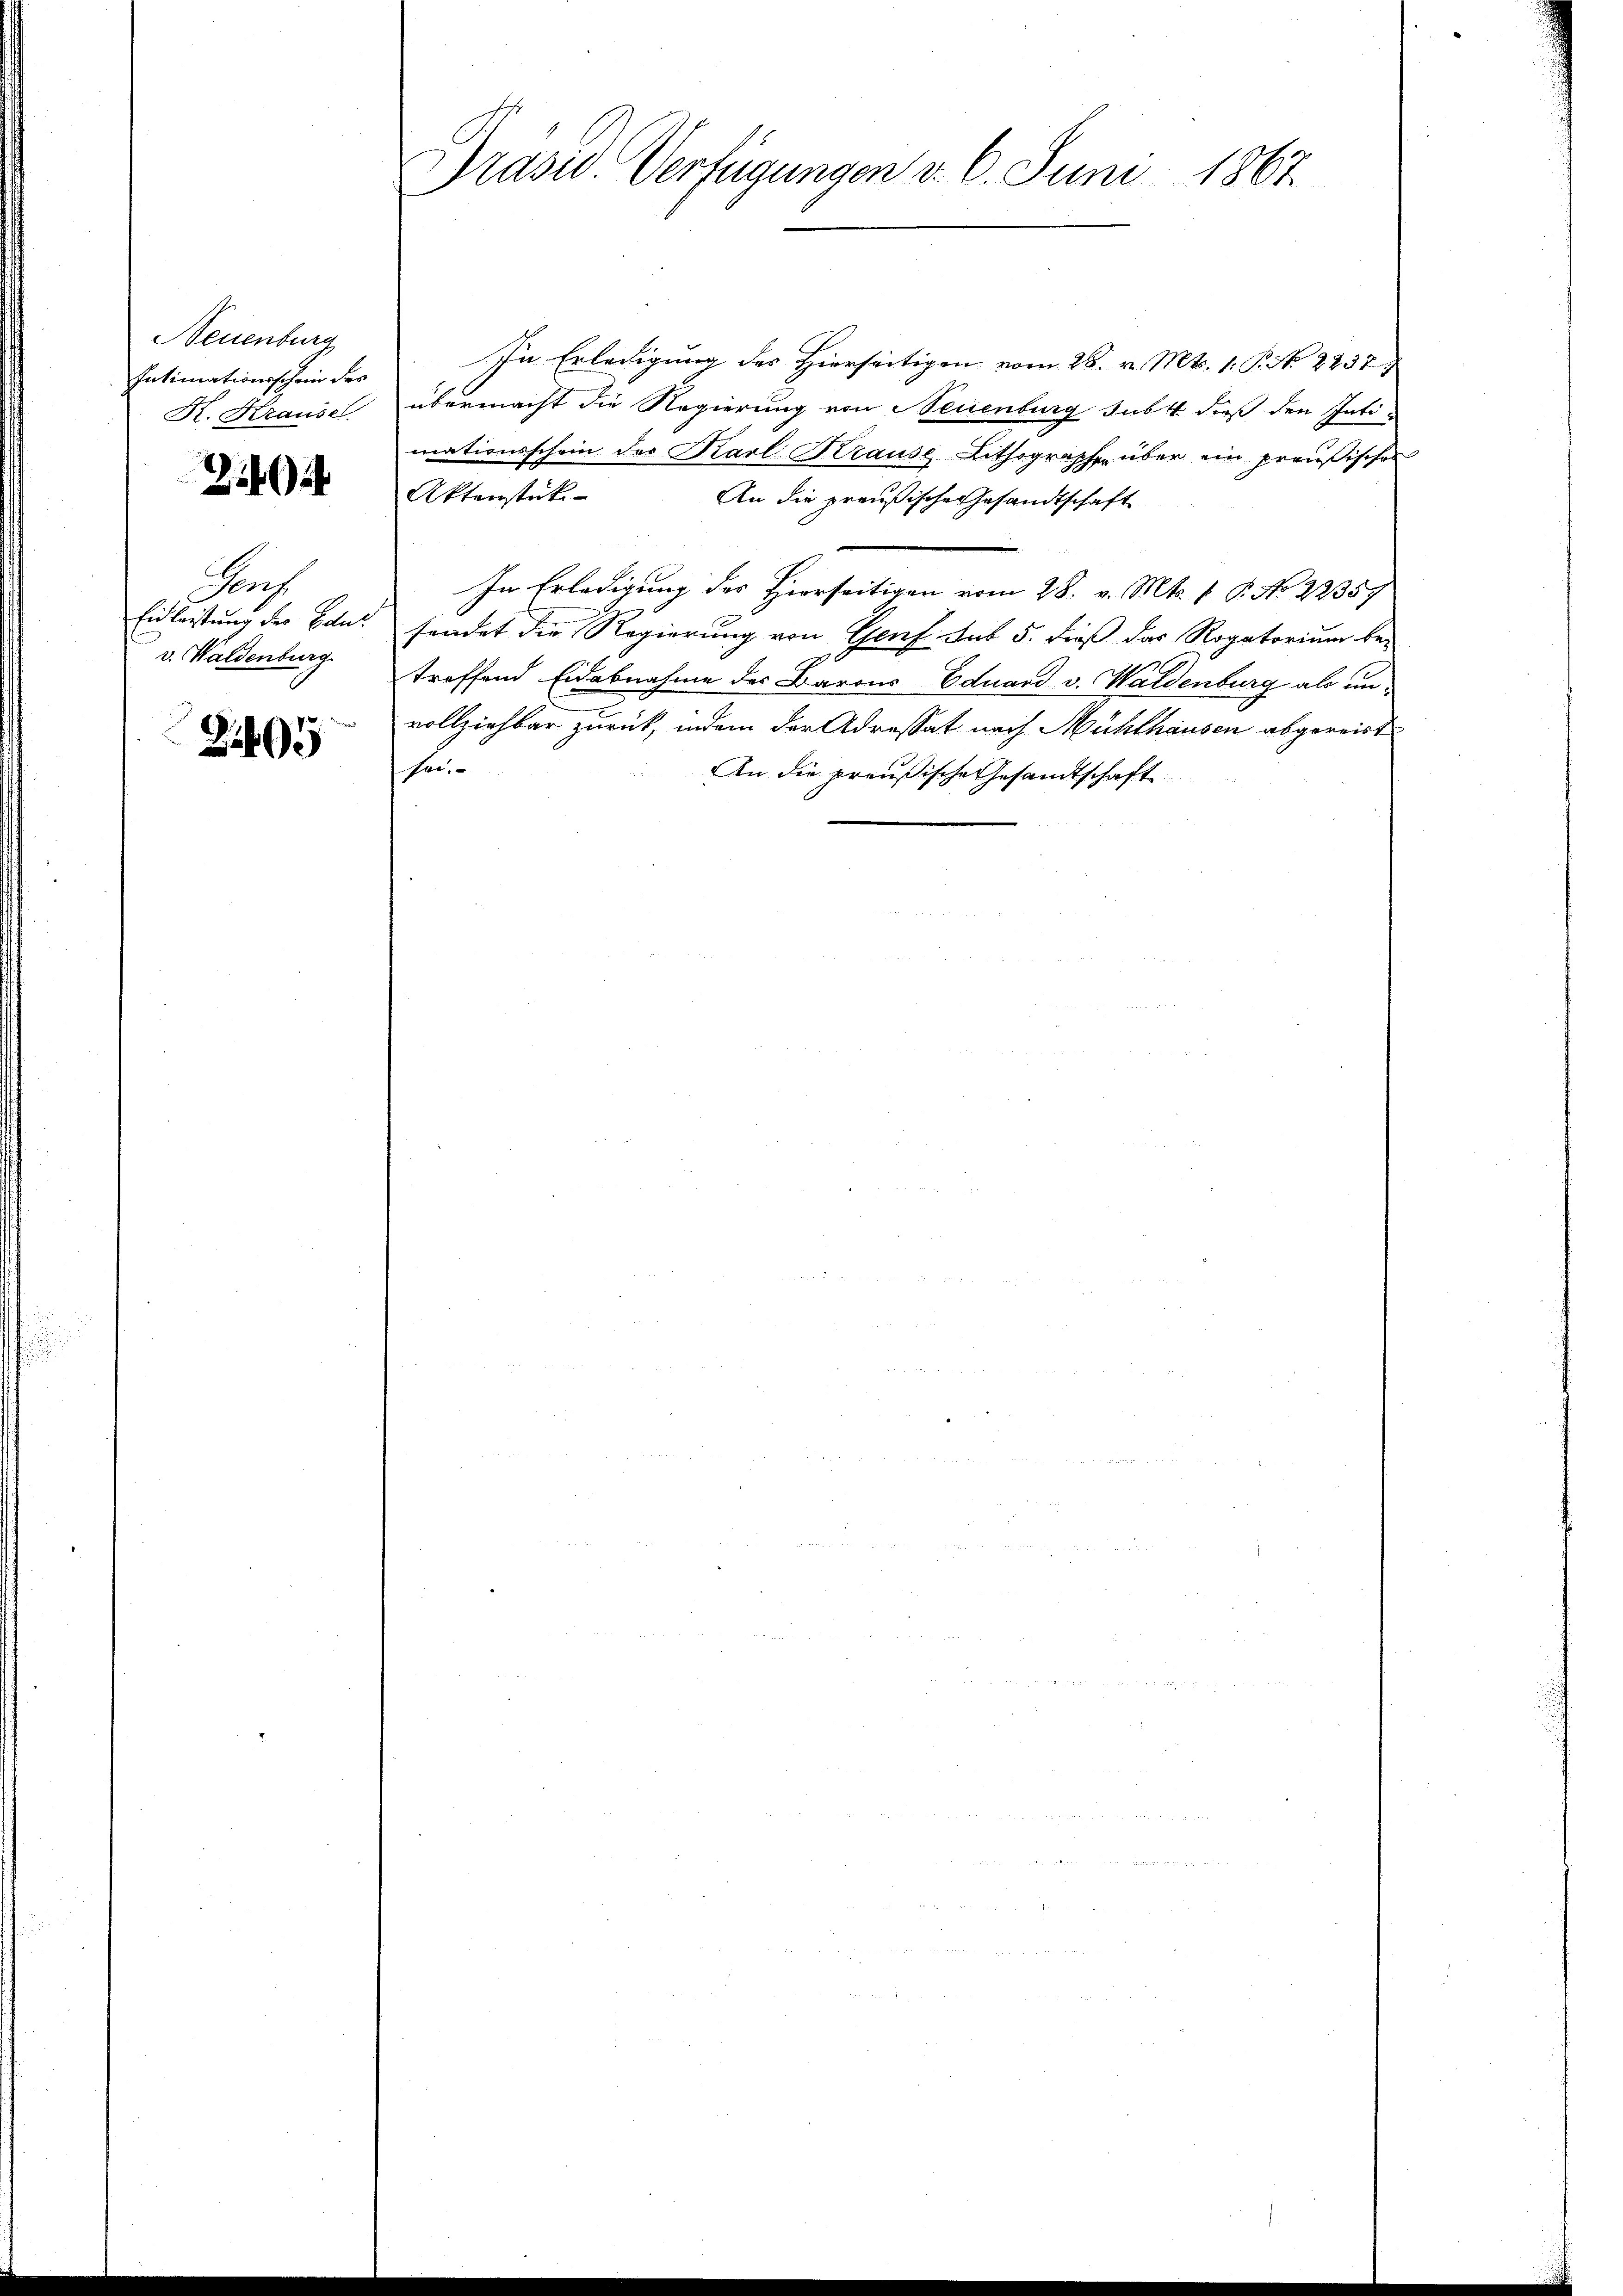
Neuenburg
Intimationsschein des
K. Krause.

494

Genf
Eidleistung des Baut
v. Waldenburg

Zi495

Präsid. Verfügungen v. 6. Juni 1867.

In Erledigung des Hierseitigen vom 28. v. Mts. 1. P. No 2237.
übermacht die Regierung von Neuenburg sub. 4. dieß den Intimationsschein des Karl Krause Lithographe über ein preußisches
Aktenstück
An die preußische Gesandtschaft
In Erledigung des hierseitigen vom 28. v. Mts. 1. P. No 2235
sendet die Regierung von Genf sub 5. dieß das Rogatorium bei
troffend Eidabnahme des Barons Eduard v. Waldenburg als unvollziehbar zurück, indem der Adressat nach Mühlhausen abgereist
sei.
An die preußische Gesandtschaft